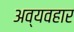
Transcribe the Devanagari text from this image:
अव्यवहार